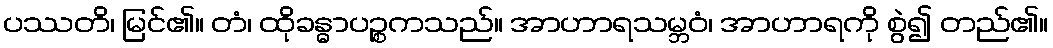
ပဿတိ၊ မြင်၏။ တံ၊ ထိုခန္ဓာပဉ္စကသည်။ အာဟာရသမ္ဘဝံ၊ အာဟာရကို စွဲ၍ တည်၏။